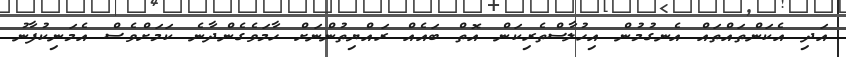
އަދި އެކަންތައްތައް އެނގުމުން އިހުލާސްތެރިކަން އޮތް ބައެއް ރައްޔިތުންނަށް ހާމަވެގެންދާނެ ކަމަށްވެސް އެމަނިކުފާނު